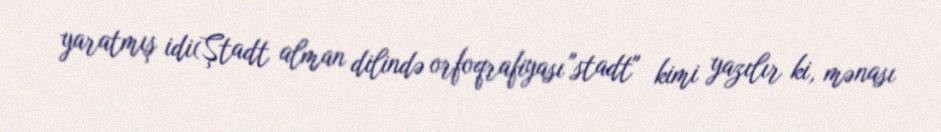
yaratmış idi(Ştadt alman dilində orfoqrafiyası "stadt" kimi yazılır ki, mənası